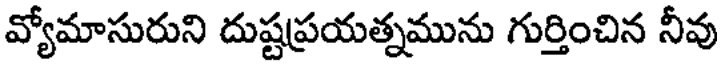
వ్యోమాసురుని దుష్టప్రయత్నమును గుర్తించిన నీవు